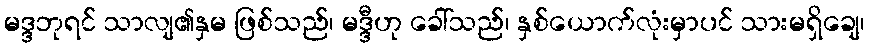
မဒ္ဒဘုရင် သာလျ၏နှမ ဖြစ်သည်၊ မဒ္ဒီဟု ခေါ်သည်၊ နှစ်ယောက်လုံးမှာပင် သားမရှိချေ၊